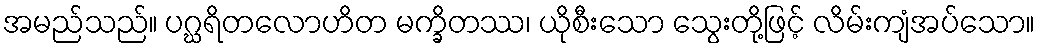
အမည်သည်။ ပဂ္ဃရိတလောဟိတ မက္ခိတဿ၊ ယိုစီးသော သွေးတို့ဖြင့် လိမ်းကျံအပ်သော။